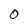
Character: O